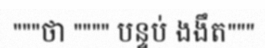
"""ថា """" បន្ទប់ ងងឹត"""